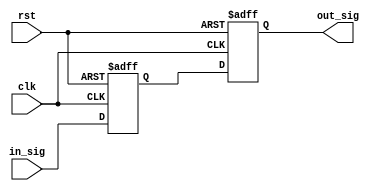
module delay_block #(parameter DELAY = 10) (
    input wire clk,            // Clock signal
    input wire rst,            // Reset signal
    input wire [3:0] in_sig,   // Input signal
    output reg [3:0] out_sig   // Output signal (delayed version of in_sig)
);

    // Internal variable to hold the delayed value
    reg [3:0] delayed_sig;

    // Always block triggered by the clock or reset signal
    always @(posedge clk or posedge rst) begin
        if (rst) begin
            // Reset output signal to zero on reset
            out_sig <= 4'b0000;
            delayed_sig <= 4'b0000;
        end else begin
            // Set the delayed signal after the specified delay
            delayed_sig <= in_sig;
            #DELAY out_sig <= delayed_sig; // Apply delay
        end
    end

endmodule